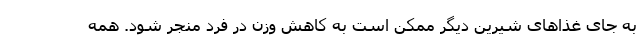
به جای غذاهای شیرین دیگر ممکن است به کاهش وزن در فرد منجر شود. همه